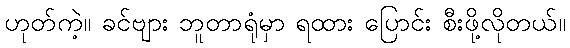
ဟုတ်ကဲ့။ ခင်ဗျား ဘူတာရုံမှာ ရထား ပြောင်း စီးဖို့လိုတယ်။